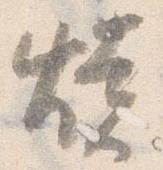
焼